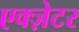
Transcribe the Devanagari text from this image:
एक्ज़ेटर